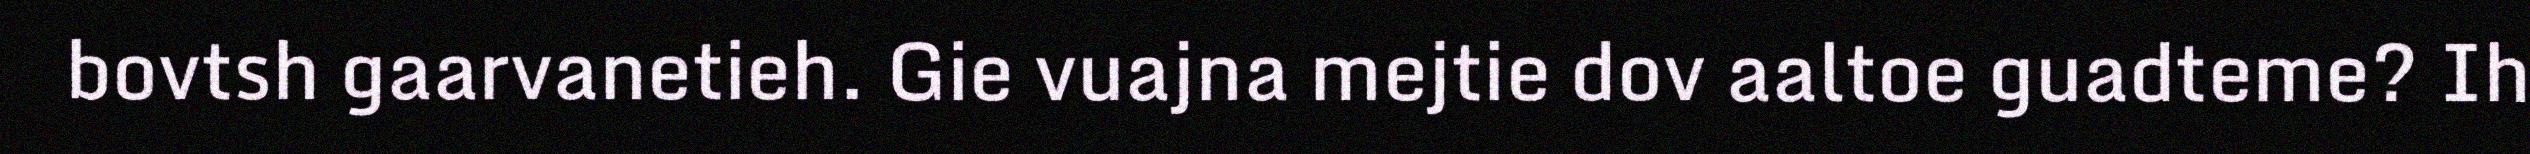
bovtsh gaarvanetieh. Gie vuajna mejtie dov aaltoe guadteme? Ih